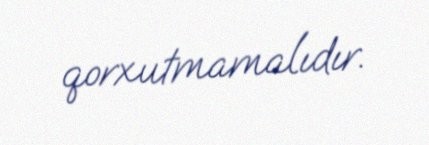
qorxutmamalıdır.